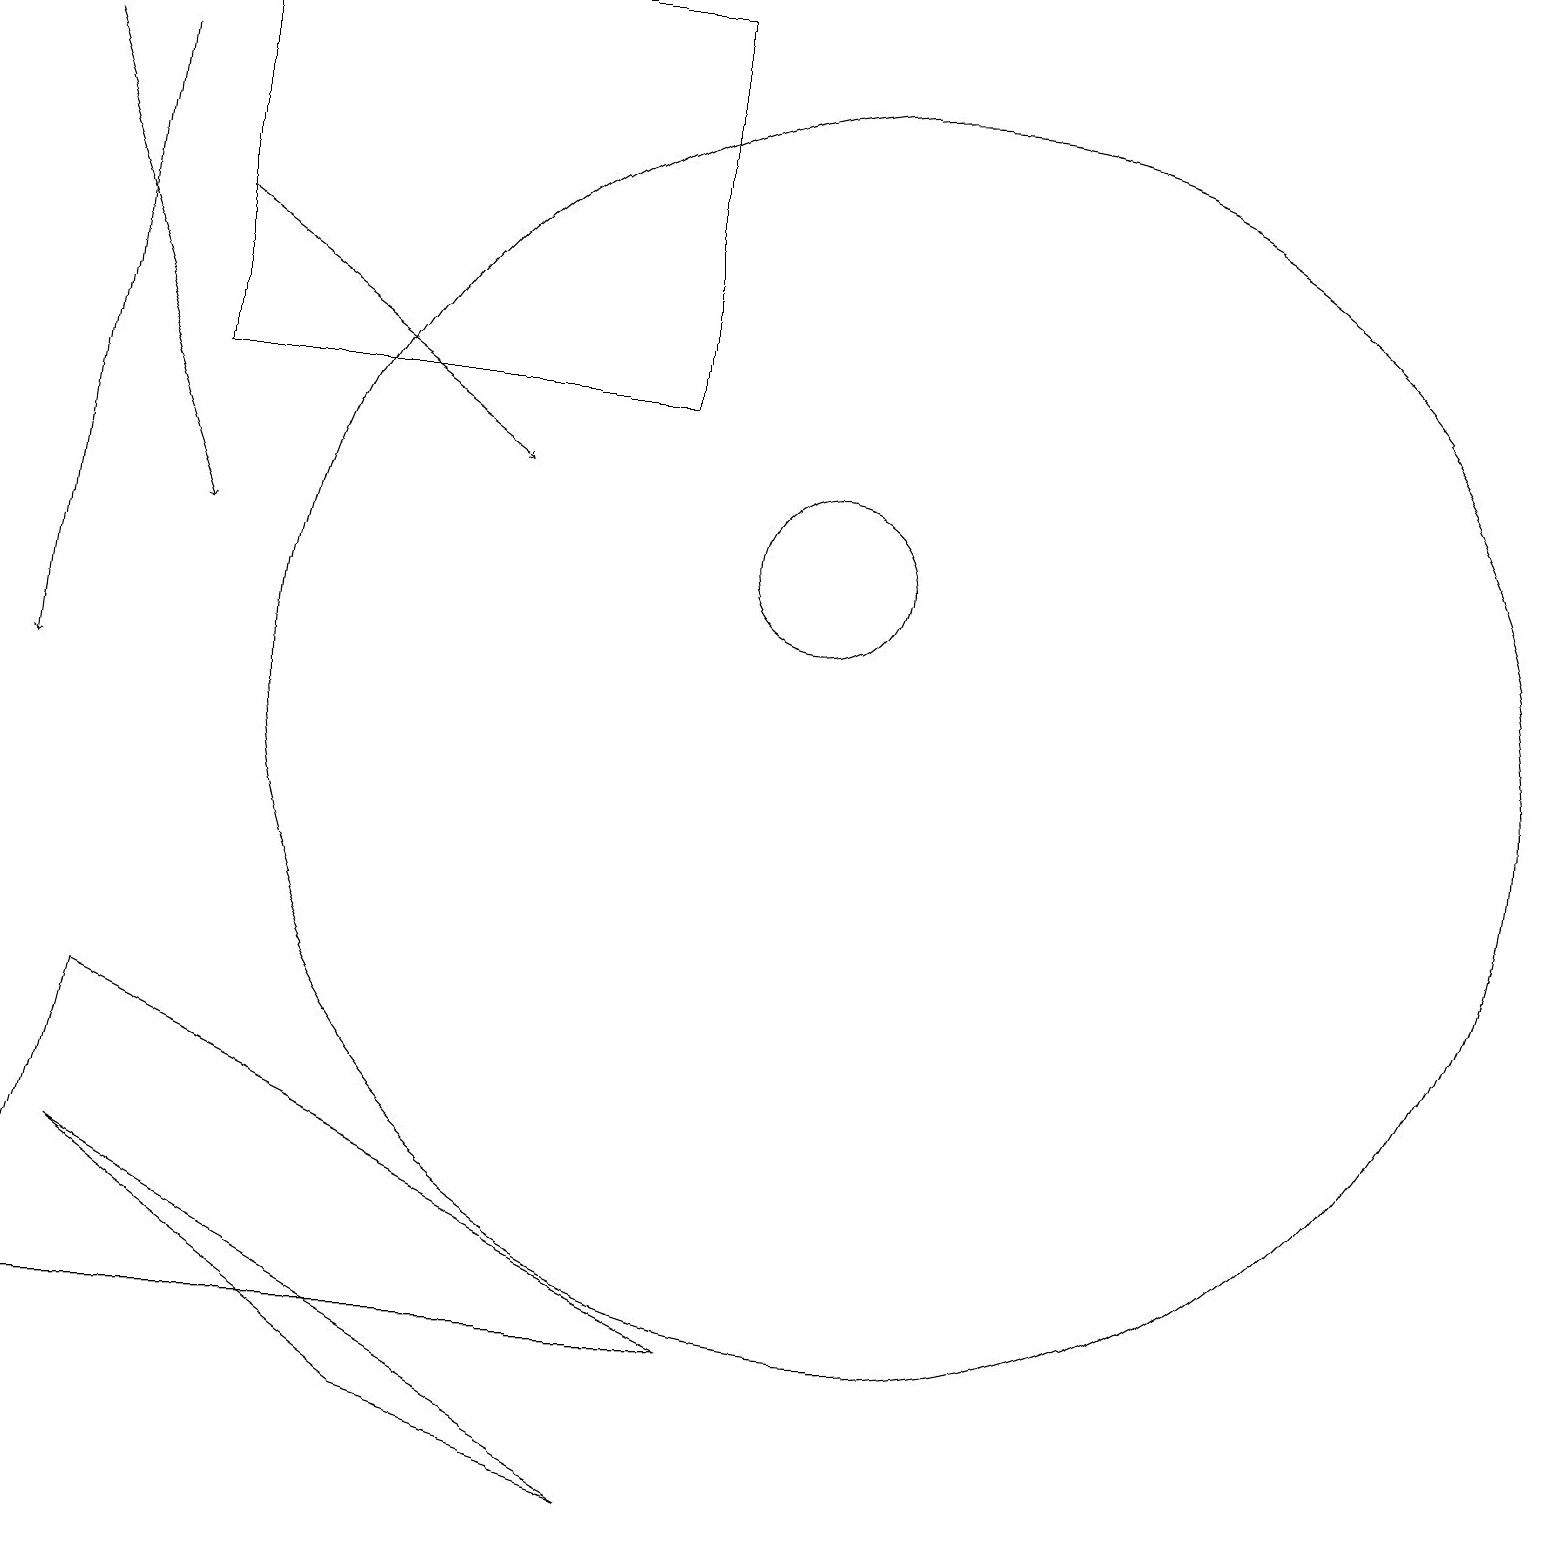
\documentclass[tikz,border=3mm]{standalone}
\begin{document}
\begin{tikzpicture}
\draw[->] (1,18) -- (0,10);
\draw (0,2) -- (9,2) -- (1,6) -- cycle;
\draw (8,0) -- (5,1) -- (1,4) -- cycle;
\draw (10,12) circle (1);
\draw[->] (0,18) -- (2,12);
\draw[->] (2,16) -- (6,13);
\draw (8,14) rectangle (2,19);
\draw (11,10) circle (8);
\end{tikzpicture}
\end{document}